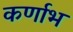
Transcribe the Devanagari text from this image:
कर्णाभ